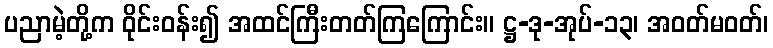
ပညာမဲ့တို့က ဝိုင်းဝန်း၍ အထင်ကြီးတတ်ကြကြောင်း။ ဋ္ဌ-ဒု-အုပ်-၁၃၊ အဝတ်မဝတ်၊